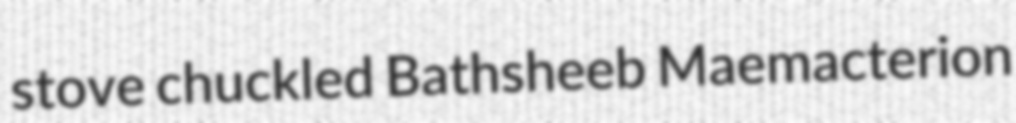
stove chuckled Bathsheeb Maemacterion